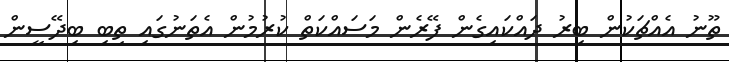
ތޫނު އެއްޗަކުން ބިރު ދައްކައިގެން ފޭރެން މަސައްކަތް ކުރުމުން އެތަނުގައި ތިބި ބިދޭސީން